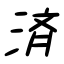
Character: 済